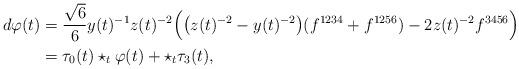
LaTeX: \begin{align*}\begin{aligned}d\varphi (t)&=\frac{\sqrt{6}}{6} y(t)^{-1}z(t)^{-2}\Big(\big(z(t)^{-2}-y(t)^{-2}\big)(f^{1234}+f^{1256}) - 2 z(t)^{-2}f^{3456}\Big)\\&=\tau_0(t)\star_t\varphi(t)+\star_t\tau_3(t),\end{aligned}\end{align*}